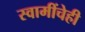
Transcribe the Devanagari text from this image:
स्वामींचेही